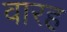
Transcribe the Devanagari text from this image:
वारह